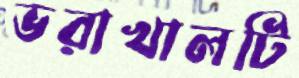
ভরাখালটি